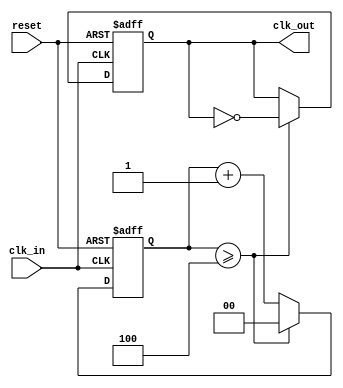
module ClockRecoveryPLL (
    input wire clk_in,          // Input clock (data signal)
    input wire reset,           // Asynchronous reset
    output reg clk_out          // Output clock signal
);

// Phase Detector (PD)
reg clk_last;
reg phase_error;

// Low Pass Filter (LPF)
reg [7:0] filtered_error; // 8-bit control voltage for VCO
parameter LPF_ALPHA = 8'b00000001; // Low-pass filter coefficient

// Voltage-Controlled Oscillator (VCO)
reg [7:0] vco_frequency; // Frequency control for VCO
parameter VCO_MAX_FREQ = 255; // Maximum VCO frequency
parameter VCO_MIN_FREQ = 1;   // Minimum VCO frequency

// Clock divider (optional)
parameter DIVIDER_FACTOR = 4; // Divide VCO frequency by 4 for output clock
reg [1:0] clk_divider;

initial begin
    clk_out = 0;
    clk_last = 0;
    filtered_error = 0;
    vco_frequency = 128; // Start at mid-point frequency
    clk_divider = 0;
end

// Phase Detector: detect edges and calculate phase error
always @(posedge clk_in or posedge reset) begin
    if (reset) begin
        clk_last <= 0;
        phase_error <= 0;
    end else begin
        // Detect rising edge of input clock and compare to last clock state
        if (clk_last == 0 && clk_in == 1) begin
            phase_error <= 1; // Phase error detected (data transition)
        end else if (clk_last == 1 && clk_in == 0) begin
            phase_error <= 0; // No phase error
        end
        clk_last <= clk_in;
    end
end

// Low Pass Filter: filter the phase error signal
always @(posedge clk_in or posedge reset) begin
    if (reset) begin
        filtered_error <= 0;
    end else begin
        // Simple averaging filter
        filtered_error <= (filtered_error + phase_error) >> 1; // Simple LPF
    end
end

// Voltage-Controlled Oscillator (VCO): adjust frequency based on filtered error
always @(posedge clk_in or posedge reset) begin
    if (reset) begin
        vco_frequency <= 128; // Default starting frequency
    end else begin
        // Adjust VCO frequency based on filtered error
        if (filtered_error > 128) begin
            if (vco_frequency < VCO_MAX_FREQ)
                vco_frequency <= vco_frequency + 1;
        end else if (filtered_error < 128) begin
            if (vco_frequency > VCO_MIN_FREQ)
                vco_frequency <= vco_frequency - 1;
        end
    end
end

// Generate output clock based on VCO frequency
always @(posedge clk_in or posedge reset) begin
    if (reset) begin
        clk_out <= 0;
        clk_divider <= 0;
    end else begin
        // Simple clock divider
        clk_divider <= clk_divider + 1;
        if (clk_divider >= DIVIDER_FACTOR) begin
            clk_out <= ~clk_out; // Toggle the output clock
            clk_divider <= 0; // Reset divider
        end
    end
end

endmodule